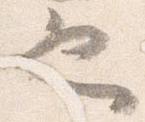
也